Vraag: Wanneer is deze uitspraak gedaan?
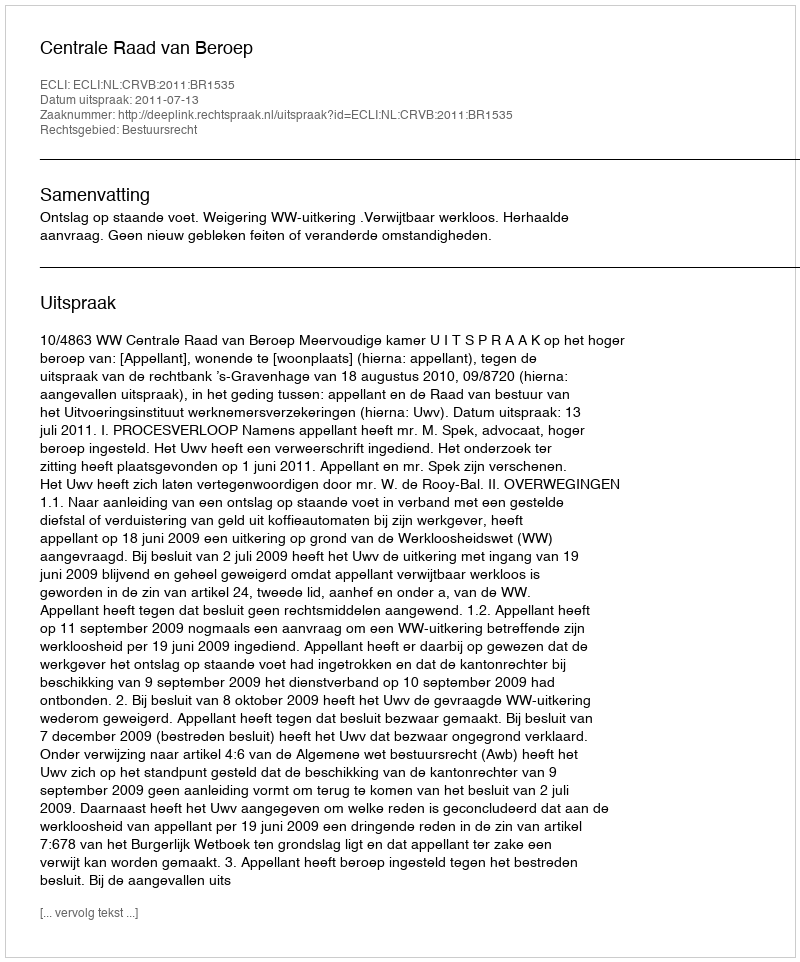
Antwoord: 2011-07-13